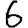
Digit: 6